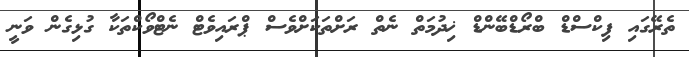
ތެރޭގައި ފިކްސްޑް ބްރޯޑްބޭންޑް ޚިދުމަތް ނެތް ރަށްތަކަށްވެސް ޕްރައިވެޓް ނެޓްވޯކްތަކާ ގުޅިގެން ވަނީ